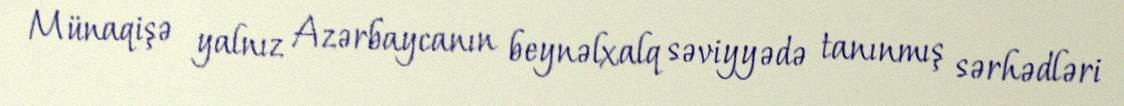
Münaqişə yalnız Azərbaycanın beynəlxalq səviyyədə tanınmış sərhədləri